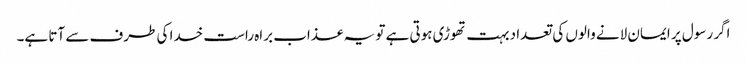
اگر رسول پر ایمان لانے والوں کی تعداد بہت تھوڑی ہوتی ہے تو یہ عذاب براہ راست خدا کی طرف سے آتا ہے۔